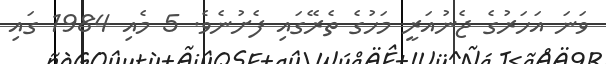
ވަނަ އަހަރުގެ ޖެނުއަރީ މަހުގެ ތެރޭގައި ފެށުނެވެ. 5 މެއި 1984 ގައި